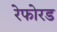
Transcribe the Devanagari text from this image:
रेफोरड